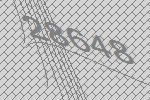
28648